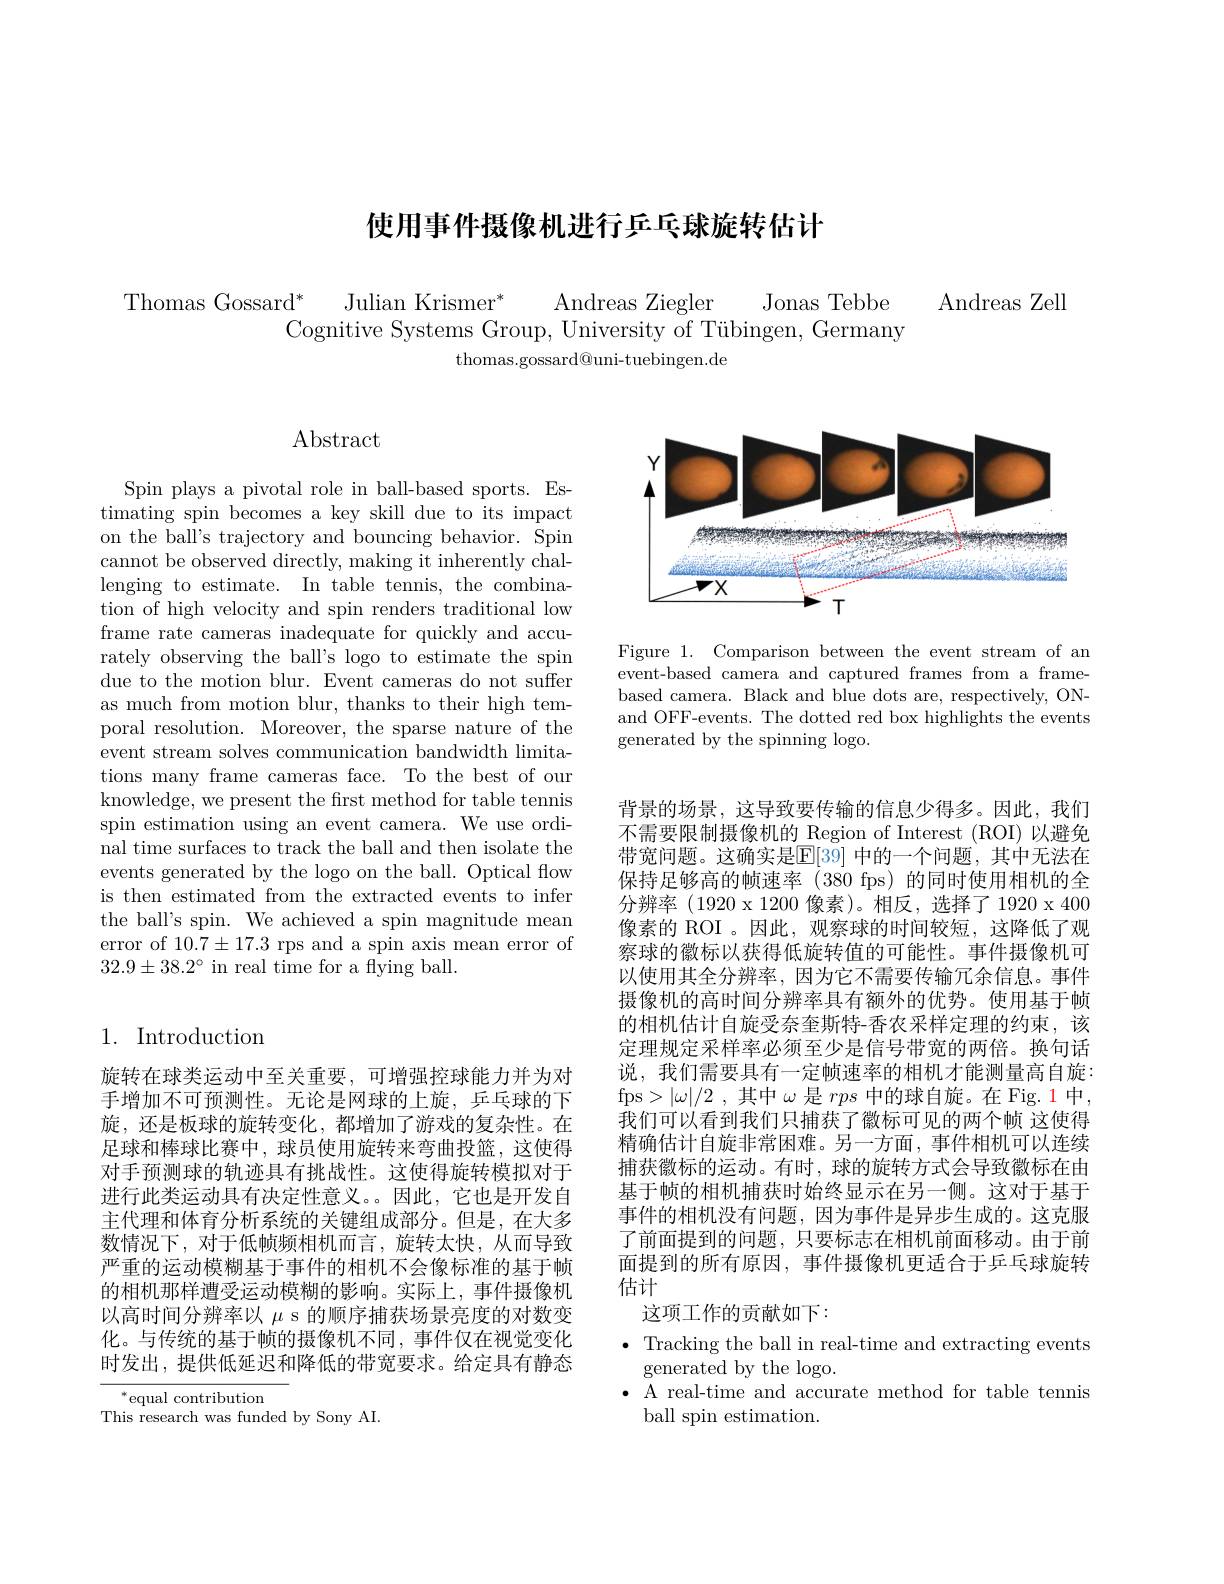
# 使用事件摄像机进行乒乓球旋转估计

Thomas Gossard$^*$
Julian Krismer* Andreas Ziegler Jonas Tebbe Cognitive Systems Group, University of Tübingen, Germany
thomas.gossard@uni-tuebingen.de

Andreas Zell

Abstract

Spin plays a pivotal role in ball-based sports. Estimating spin becomes a key skill due to its impact on the ball's trajectory and bouncing behavior. Spin cannot be observed directly, making it inherently challenging to estimate. In table tennis, the combination of high velocity and spin renders traditional low frame rate cameras inadequate for quickly and accurately observing the ball's logo to estimate the spin due to the motion blur. Event cameras do not suffer as much from motion blur, thanks to their high temporal resolution. Moreover, the sparse nature of the event stream solves communication bandwidth limitations many frame cameras face. To the best of our knowledge, we present the first method for table tennis spin estimation using an event camera. We use ordinal time surfaces to track the ball and then isolate the events generated by the logo on the ball. Optical flow is then estimated from the extracted events to infer the ball's spin. We achieved a spin magnitude mean error of $10.7\pm17.3$ rps and a spin axis mean error of $32.9\pm38.2^{\circ}$ in real time for a flying ball.

## 1. Introduction

旋转在球类运动中至关重要，可增强控球能力并为对手增加不可预测性。无论是网球的上旋，乒乓球的下旋，还是板球的旋转变化，都增加了游戏的复杂性。在足球和棒球比赛中，球员使用旋转来弯曲投篮，这使得对手预测球的轨迹具有挑战性。这使得旋转模拟对于进行此类运动具有决定性意义。因此，它也是开发自主代理和体育分析系统的关键组成部分。但是，在大多数情况下，对于低帧频相机而言，旋转太快，从而导致严重的运动模糊基于事件的相机不会像标准的基于帧的相机那样遭受运动模糊的影响。实际上，事件摄像机以高时间分辨率以$\mu$ s 的顺序捕获场景亮度的对数变化。与传统的基于帧的摄像机不同，事件仅在视觉变化时发出，提供低延迟和降低的带宽要求。给定具有静态

$^*$equal contribution
This research was funded by Sony AI.

<FigureHere>

Figure 1. Comparison between the event stream of an event-based camera and captured frames from a framebased camera. Black and blue dots are, respectively, ONand OFF-events. The dotted red box highlights the events generated by the spinning logo.

背景的场景，这导致要传输的信息少得多。因此，我们不需要限制摄像机的 Region of Interest (ROI)以避免带宽问题。这确实是$\mathbb{E}[39]$ 中的一个问题，其中无法在保持足够高的帧速率(380 fps)的同时使用相机的全分辨率(1920 x 1200 像素)。相反，选择了1920 x 400像素的 ROI 。因此，观察球的时间较短，这降低了观察球的徽标以获得低旋转值的可能性。事件摄像机可以使用其全分辨率，因为它不需要传输冗余信息。事件摄像机的高时间分辨率具有额外的优势。使用基于帧的相机估计自旋受奈奎斯特-香农采样定理的约束，该定理规定采样率必须至少是信号带宽的两倍。换句话说，我们需要具有一定帧速率的相机才能测量高自旋： fps$>|\omega|/2$ ,其中$\omega$是rps中的球自旋。在 Fig.1 中我们可以看到我们只捕获了徽标可见的两个帧 这使得精确估计自旋非常困难。另一方面，事件相机可以连续捕获徽标的运动。有时，球的旋转方式会导致徽标在由基于帧的相机捕获时始终显示在另一侧。这对于基于事件的相机没有问题，因为事件是异步生成的。这克服了前面提到的问题，只要标志在相机前面移动。由于前面提到的所有原因，事件摄像机更适合于乒乓球旋转估计
这项工作的贡献如下：
$\bullet$ Tracking the ball in real-time and extracting events
generated by the logo.
$\bullet$ A real-time and accurate method for table tennis
ball spin estimation